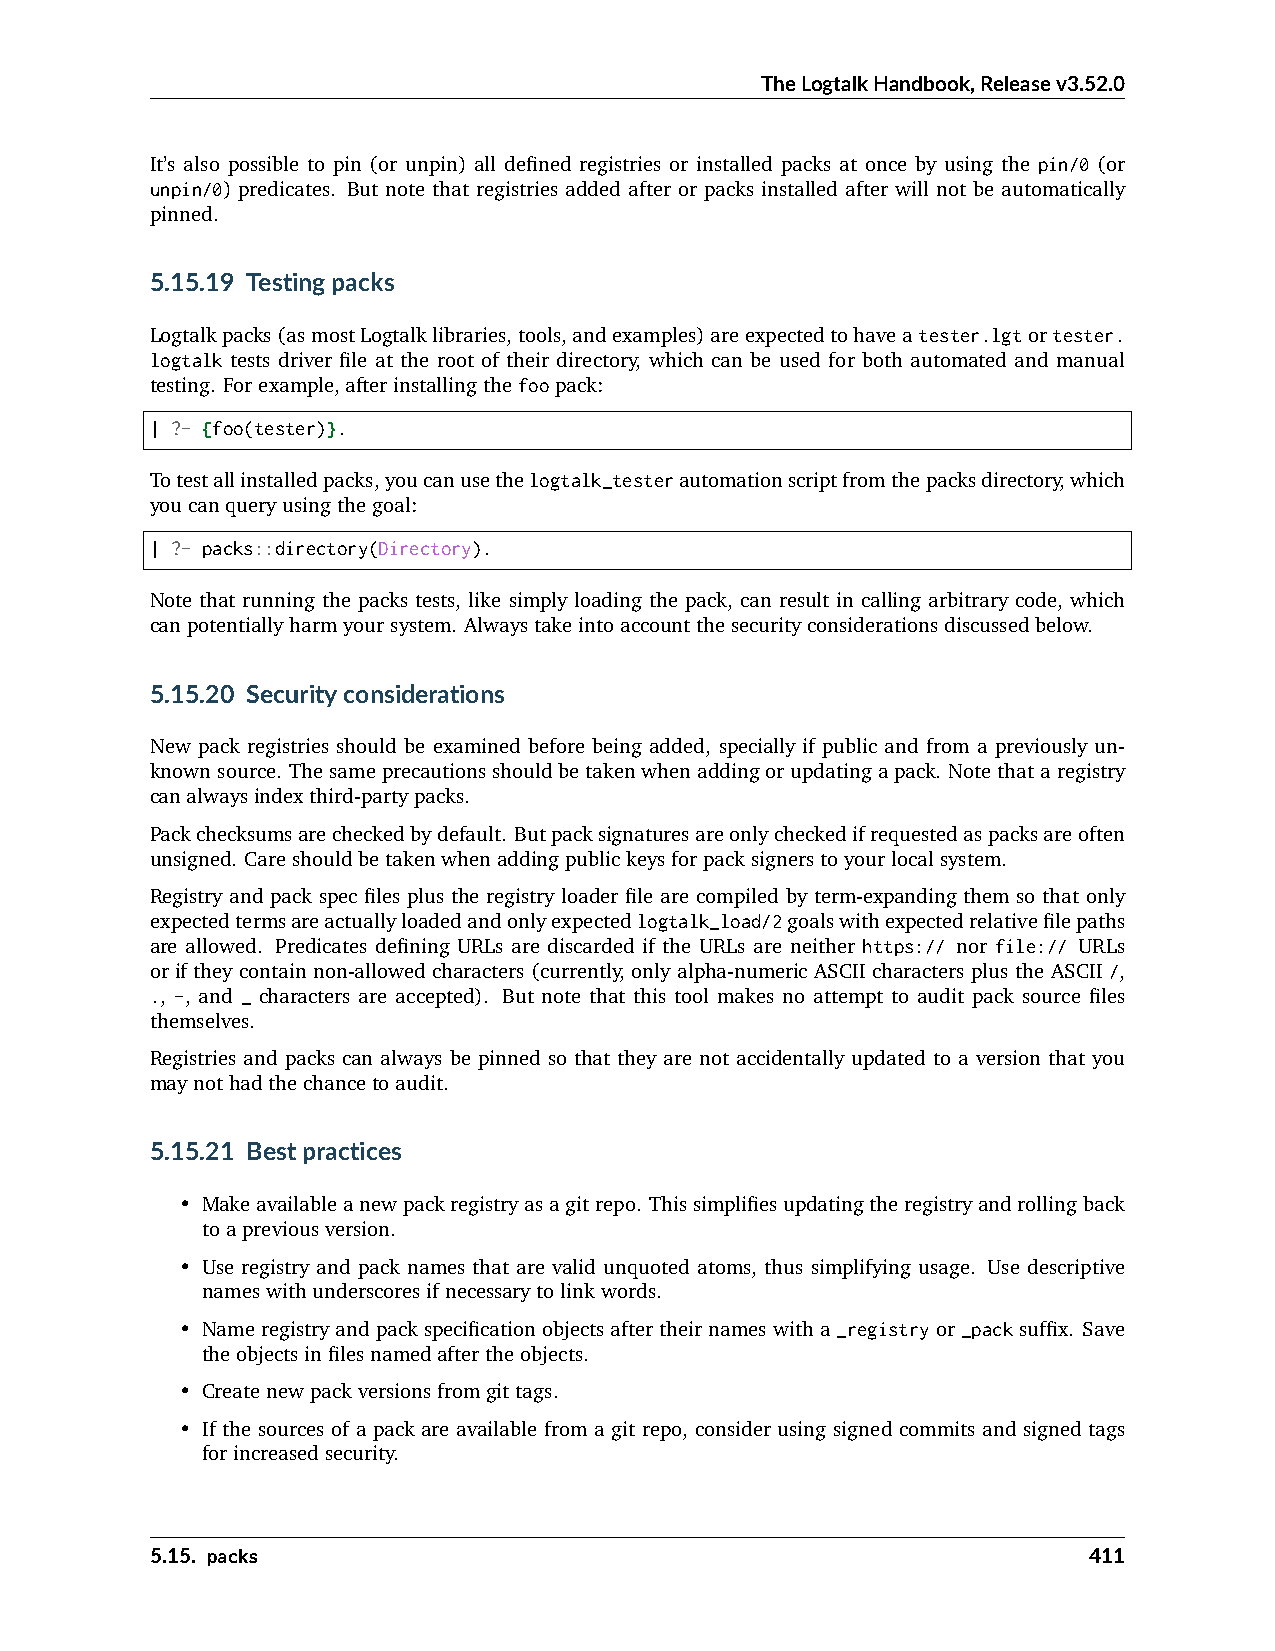
TheLogtalkHandbook,Releasev3.52.0
 It’s also possible to pin (or unpin) all defined registries or installed packs at once by using the pin/0 (or
 unpin/0) predicates. But note that registries added after or packs installed after will not be automatically
 pinned.
 5.15.19 Testingpacks
 Logtalkpacks(asmostLogtalklibraries,tools,andexamples)areexpectedtohaveatester.lgtortester.
 logtalk tests driver file at the root of their directory, which can be used for both automated and manual
 testing. Forexample,afterinstallingthefoopack:
 | ?- {foo(tester)}.
 Totestallinstalledpacks,youcanusethelogtalk_testerautomationscriptfromthepacksdirectory,which
 youcanqueryusingthegoal:
 | ?- packs::directory(Directory).
 Note that running the packs tests, like simply loading the pack, can result in calling arbitrary code, which
 canpotentiallyharmyoursystem. Alwaystakeintoaccountthesecurityconsiderationsdiscussedbelow.
 5.15.20 Securityconsiderations
 New pack registries should be examined before being added, specially if public and from a previously un-
 knownsource. Thesameprecautionsshouldbetakenwhenaddingorupdatingapack. Notethataregistry
 canalwaysindexthird-partypacks.
 Packchecksumsarecheckedbydefault. Butpacksignaturesareonlycheckedifrequestedaspacksareoften
 unsigned. Careshouldbetakenwhenaddingpublickeysforpacksignerstoyourlocalsystem.
 Registry and pack spec files plus the registry loader file are compiled by term-expanding them so that only
 expectedtermsareactuallyloadedandonlyexpectedlogtalk_load/2goalswithexpectedrelativefilepaths
 are allowed. Predicates defining URLs are discarded if the URLs are neither https:// nor file:// URLs
 or if they contain non-allowed characters (currently, only alpha-numeric ASCII characters plus the ASCII /,
 ., -, and _ characters are accepted). But note that this tool makes no attempt to audit pack source files
 themselves.
 Registries and packs can always be pinned so that they are not accidentally updated to a version that you
 maynothadthechancetoaudit.
 5.15.21 Bestpractices
 • Makeavailableanewpackregistryasagitrepo. Thissimplifiesupdatingtheregistryandrollingback
 toapreviousversion.
 • Use registry and pack names that are valid unquoted atoms, thus simplifying usage. Use descriptive
 nameswithunderscoresifnecessarytolinkwords.
 • Nameregistryandpackspecificationobjectsaftertheirnameswitha_registryor_packsuffix. Save
 theobjectsinfilesnamedaftertheobjects.
 • Createnewpackversionsfromgittags.
 • If the sources of a pack are available from a git repo, consider using signed commits and signed tags
 forincreasedsecurity.
 5.15. packs                                                   411